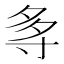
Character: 𭔯